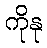
ကိုနု